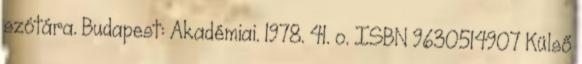
szótára. Budapest: Akadémiai. 1978. 41. o. ISBN 9630514907 Külső